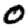
Digit: 0